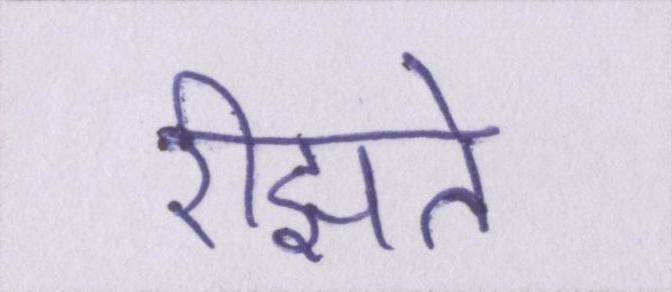
रीझते